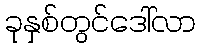
ခုနှစ်တွင်ဒေါ်လာ